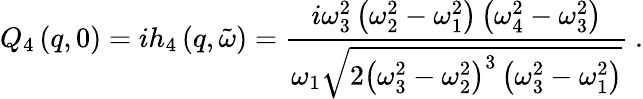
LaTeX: Q_{4}\left(q,0\right)=ih_{4}\left(q,\tilde{\omega}\right)=\frac{i\omega_{3}^{2}\left(\omega_{2}^{2}-\omega_{1}^{2}\right)\left(\omega_{4}^{2}-\omega_{3}^{2}\right)}{\omega_{1}\sqrt{2\left(\omega_{3}^{2}-\omega_{2}^{2}\right)^{3}\left(\omega_{3}^{2}-\omega_{1}^{2}\right)}}\ .